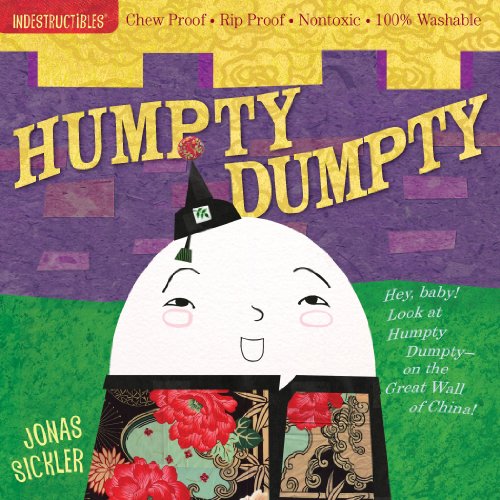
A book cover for Indestructibles: Humpty Dumpty; Children's Books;